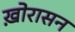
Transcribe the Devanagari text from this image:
ख़ोरासन